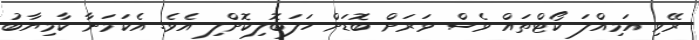
ރޭވި އަމިއްލަ ކޯޓްތައް ވެސް ވަރަށް ބޮޑަށް ހަލަބޮލިކޮށްލި އެވެ. އެކަމަނާ ކާމިޔާބު